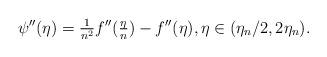
LaTeX: \begin{align*}\quad\psi''(\eta) = \tfrac{1}{n^2}f''(\tfrac{\eta}{n}) - f''(\eta), \eta \in (\eta_n/2, 2 \eta_n).\end{align*}